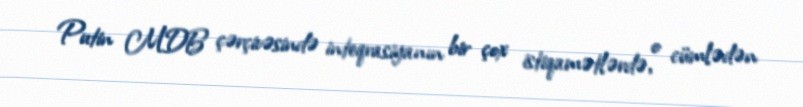
Putin MDB çərçivəsində inteqrasiyanın bir çox istiqamətlərdə, o cümlədən